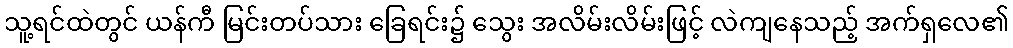
သူ့ရင်ထဲတွင် ယန်ကီ မြင်းတပ်သား ခြေရင်း၌ သွေး အလိမ်းလိမ်းဖြင့် လဲကျနေသည့် အက်ရှလေ၏